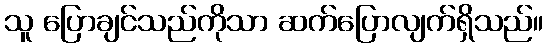
သူ ပြောချင်သည်ကိုသာ ဆက်ပြောလျက်ရှိသည်။